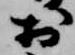
於